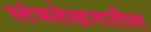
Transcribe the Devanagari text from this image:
स्तंभलेखनातील